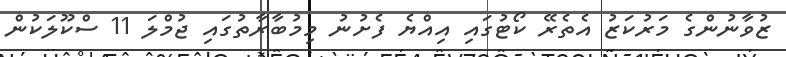
ޒުވާނުންގެ މަރުކަޒު އެތެރޭ ކޯޓުގައި އިއްޔެ ފެށުނު މިމުބާރާތުގައި ޖުމްލަ 11 ސްކޫލަކުން